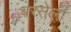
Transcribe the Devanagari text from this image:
बरसेला